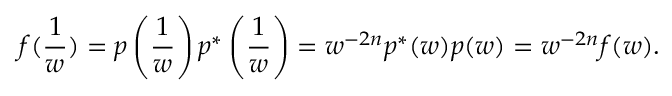
f ( { \frac { 1 } { w } } ) = p \left( { \frac { 1 } { w } } \right) p ^ { * } \left( { \frac { 1 } { w } } \right) = w ^ { - 2 n } p ^ { * } ( w ) p ( w ) = w ^ { - 2 n } f ( w ) .